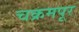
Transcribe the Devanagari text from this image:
चक्रमपूर